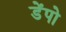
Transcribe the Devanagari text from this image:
डेंपो